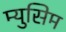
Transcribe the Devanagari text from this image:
म्युसिम